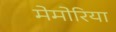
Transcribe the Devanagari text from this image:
मेमोरिया